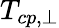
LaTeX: T_{cp,\perp}